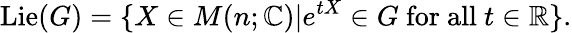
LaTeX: \operatorname{Lie}(G)=\{ X\in M(n;\mathbb{C})|e^{tX}\in G{\mathrm{~for~all~}}t\in\mathbb{\mathbb{R}}\} .